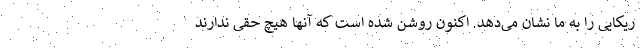
ریکایی را به ما نشان می‌دهد. اکنون روشن شده است که آنها هیچ حقی ندارند